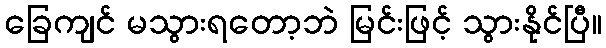
ခြေကျင် မသွားရတော့ဘဲ မြင်းဖြင့် သွားနိုင်ပြီ။